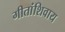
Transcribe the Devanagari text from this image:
गीतांशिवाय